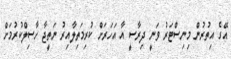
އޭގެ އިތުރުން މިނިސްޓަރު ވަނީ ދިރާސީ އާ އަހަރަށް ކުރިމަތިލާއިރު ނަތީޖާ ހާސިލްކުރުމަށް